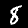
Label: 8